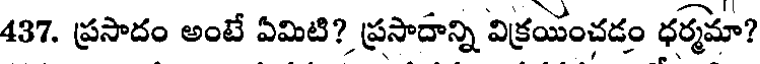
437. ప్రసాదం అంటే ఏమిటి? ప్రసాదాన్ని విక్రయంచడం ధర్మమా?